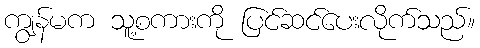
ကျွန်မက သူ့စကားကို ပြင်ဆင်ပေးလိုက်သည်။